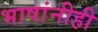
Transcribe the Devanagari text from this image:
भाषांनीही